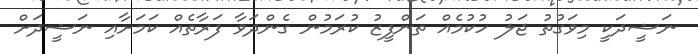
ނަޝީދަކީ މިވަގުތު ޖަލު ހުކުމެެއް ތަންފީޒު ކުރަމުން ގެންދަވާ ފަރާތެއް ކަމަށާއި ނަޝީދަށް